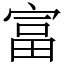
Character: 富